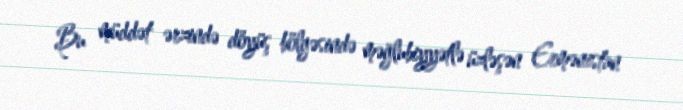
Bu müddət ərzində döyüş bölgəsində məğlubiyyətlə üzləşən Ermənistan